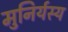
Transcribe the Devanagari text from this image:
मुनिर्यस्य